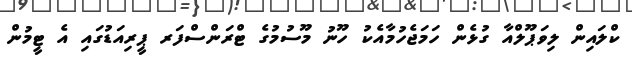
ކްލައިން ލިވަޕޫލްއާ ގުޅެން ހަމަޖެހުމާއެކު ހޫނު މޫސުމުގެ ޓްރަންސްފަރ ޕީރިއަޑުގައި އެ ޓީމުން